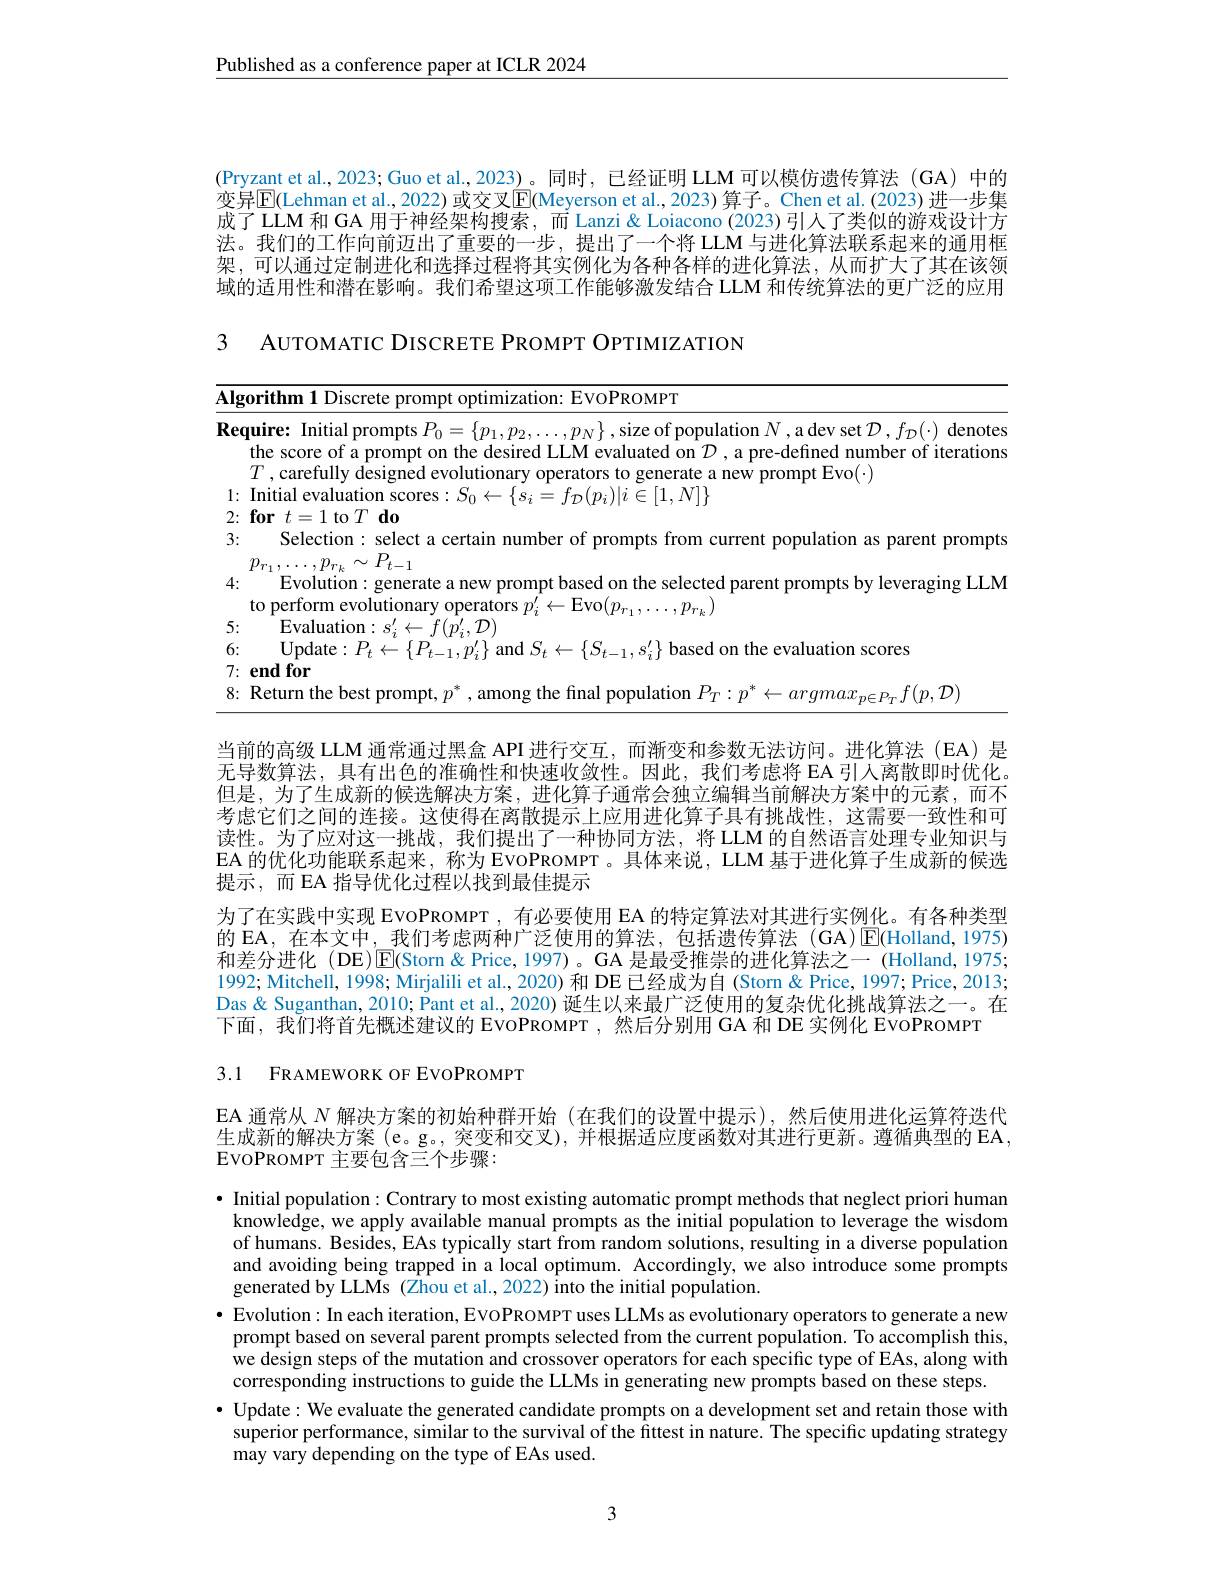
$\underline{\text{Published as a conference paper at ICLR 2024}}$

(Pryzant et al., 2023; Guo et al., 2023)。同时，已经证明 LLM 可以模仿遗传算法 (GA) 中的变异$\mathbb{E}($Lehman et al., 2022) 或交叉$\mathbb{E}($Meyerson et al., 2023) 算子。Chen et al.(2023) 进一步集中之IIM和GA 田下油位加拍构车 $\overline{x}$ Hand Til Z半小的游戏况让本成了 LLM 和 GA 用于神经架构搜索，而 Lanzi & Loiacono (2023)引人了类似的游戏设计方法。我们的工作向前迈出了重要的一步，提出了一个将 LLM 与进化算法联系起来的通用框架，可以通过定制进化和选择过程将其实例化为各种各样的进化算法，从而扩大了其在该领域的适用性和潜在影响。我们希望这项工作能够激发结合 LLM 和传统算法的更广泛的应用

3 AUTOMATIC DISCRETE PROMPT OPTIMIZATION

<table>
	<tbody>
		<tr>
			<td>$Al\xi$ 11 1</td>
			<td>$\mathbf{orifhm}$ zation: EvoPROMPT</td>
		</tr>
		<tr>
			<td>$Re.$ 1:</td>
			<td>quire: Initial prompts $P_0=\left\{p_1,p_2,\ldots,p_N\right\}$,size of population $N$,a dev set $\mathcal{D},f_\mathcal{D}(\cdot)$ denotes the score of a prompt on the desired LLM evaluated on $\mathcal{D}$ , a pre-defined number of iterations Initial evaluation scores$:S_0\leftarrow\{s_i=f_{\mathcal{D}}(p_i)|i\in[1,N]\}$ $T$ ,carefully designed evolutionary operators to generate a new prompt Evo($\cdot)$</td>
		</tr>
		<tr>
			<td>4:</td>
			<td>${\boldsymbol{P}}_{r_{1}}$, $\cdot$ , $P^{\prime }r_{k}$ $I$ $t-$ to perform evolutionary operators $p_i^{\prime}\leftarrow$Evo$(p_r_1,\ldots,p_{r_k})$ Evolution: generate a new prompt based on the selected parent prompts by leveraging LLM</td>
		</tr>
		<tr>
			<td>6:</td>
			<td>|mdate $1H$ $12\boldsymbol{c}\boldsymbol{e}($ n the evaluation scores</td>
		</tr>
		<tr>
			<td>7:</td>
			<td>endfor</td>
		</tr>
		<tr>
			<td>8: 1 1</td>
			<td>Return t {} {} {} {} {} {} {} {}</td>
		</tr>
	</tbody>
</table>

当前的高级 LLM 通常通过黑盒 API 进行交互，而渐变和参数无法访问。进化算法 (EA) 是无导数算法，具有出色的准确性和快速收敛性。因此，我们考虑将 EA 引入离散即时优化。但是，为了生成新的候选解决方案，进化算子通常会独立编辑当前解决方案中的元素，而不考虑它们之间的连接。这使得在离散提示上应用进化算子具有挑战性，这需要一致性和可读性。为了应对这一挑战，我们提出了一种协同方法，将 LLM 的自然语言处理专业知识与EA 的优化功能联系起来，称为 EVOPROMPT 。具体来说，LLM 基于进化算子生成新的候选提示，而 EA 指导优化过程以找到最佳提示
为了在实践中实现 EVOPROMPT , 有必要使用 EA 的特定算法对其进行实例化。有各种类型的 EA, 在本文中，我们考虑两种广泛使用的算法，包括遗传算法 (GA) $\boxed{\mathrm{E}}($Holland,1975和差分进化 (DE)$\operatorname{E}($Storn&Price, 1997)。GA 是最受推崇的进化算法之一 (Holland, 1975; 1992; Mitchell, 1998; Mirjalili et al., 2020) 和 DE 已经成为自 (Storn &Price, 1997; Price, 2013; Das & Suganthan, 2010; Pant et al., 2020) 诞生以来最广泛使用的复杂优化挑战算法之一。在下面，我们将首先概述建议的 EvoPROMPT ,然后分别用 GA 和 DE 实例化 EVOPROMPT

3.1 FRAMEWORK OF EVOPROMPT

EA 通常从$N$解决方案的初始种群开始(在我们的设置中提示),然后使用进化运算符迭代生成新的解决方案 (e。g。, 突变和交叉), 并根据适应度函数对其进行更新。遵循典型的 EA , $\operatorname{EVOPROMPT}$主要包含三个步骤：

$\bullet$ Initial population: Contrary to most existing automatic prompt methods that neglect priori human knowledge, we apply available manual prompts as the initial population to leverage the wisdom of humans. Besides, EAs typically start from random solutions, resulting in a diverse population and avoiding being trapped in a local optimum. Accordingly, we also introduce some prompts generated by LLMs (Zhou et al., 2022) into the initial population.
$\bullet$ Evolution: In each iteration, EvoPROMPT uses LLMs as evolutionary operators to generate a new prompt based on several parent prompts selected from the current population. To accomplish this, we design steps of the mutation and crossover operators for each specific type of EAs, along with corresponding instructions to guide the LLMs in generating new prompts based on these steps.
· Update: We evaluate the generated candidate prompts on a development set and retain those with $\hat{\text{superior performance, similar to the survival of the fittest in nature. The specific updating strategy}}$ may vary depending on the type of EAs used.

3